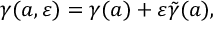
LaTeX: \gamma ( a , \varepsilon ) = \gamma ( a ) + \varepsilon \tilde { \gamma } ( a ) ,